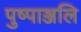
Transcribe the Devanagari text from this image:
पुष्पाञ्जलि